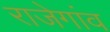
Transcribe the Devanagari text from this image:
राजेगांव